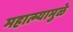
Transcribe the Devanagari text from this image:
महात्म्यामुळे